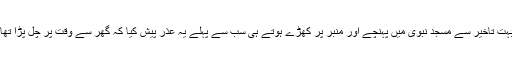
اور یہ انہی کا واقعہ ہے کہ ایک موقع پر جمعہ کا خطبہ دینے کے لیے بہت تاخیر سے مسجد نبوی میں پہنچے اور منبر پر کھڑے ہوتے ہی سب سے پہلے یہ عذر پیش کیا کہ گھر سے وقت پر چل پڑا تھا مگر راستے میں ایک گھر کے پرنالے سے کپڑوں پر چھینٹے پڑ گئے۔